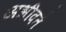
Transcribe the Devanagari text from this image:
अभीवर्त